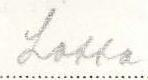
Lotta